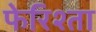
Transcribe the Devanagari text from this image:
फेरिश्ता